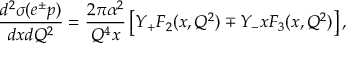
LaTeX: \frac { d ^ { 2 } \sigma ( e ^ { \pm } p ) } { d x d Q ^ { 2 } } = \frac { 2 \pi \alpha ^ { 2 } } { Q ^ { 4 } x } \left[ Y _ { + } F _ { 2 } ( x , Q ^ { 2 } ) \mp Y _ { - } x F _ { 3 } ( x , Q ^ { 2 } ) \right] ,